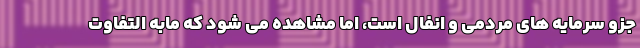
جزو سرمایه های مردمی و انفال است، اما مشاهده می شود که مابه التفاوت